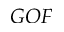
G O F